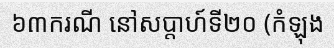
៦៣ករណី នៅសប្តាហ៍ទី២០ (កំឡុង